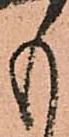
も